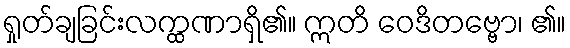
ရှုတ်ချခြင်းလက္ထဏာရှိ၏။ ဣတိ ဝေဒိတဗ္ဗော၊ ၏။